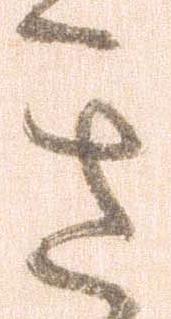
き